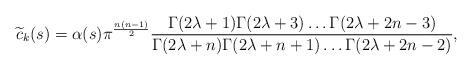
LaTeX: \begin{align*}\widetilde{c}_k(s) = \alpha(s) \pi^{\frac{n(n-1)}{2}} \frac{\Gamma(2\lambda +1) \Gamma(2 \lambda +3) \ldots \Gamma(2 \lambda +2n-3)}{\Gamma(2\lambda +n) \Gamma(2\lambda +n+1) \ldots \Gamma(2\lambda + 2n -2)},\end{align*}